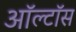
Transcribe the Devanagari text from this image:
ऑल्टॉस